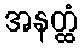
အနတ္ထံ